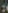
: